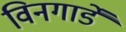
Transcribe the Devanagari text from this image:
विनगार्डे